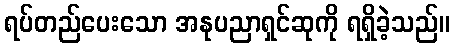
ရပ်တည်ပေးသော အနုပညာရှင်ဆုကို ရရှိခဲ့သည်။